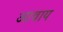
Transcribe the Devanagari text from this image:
आवाय